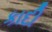
કાદી